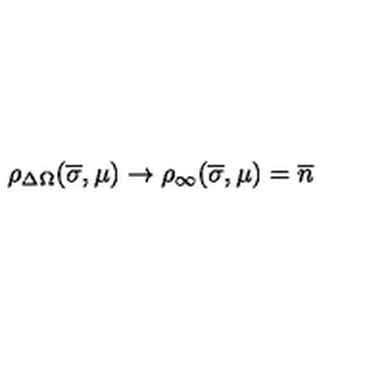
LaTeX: \rho _ { \Delta \Omega } ( \overline { \sigma } , \mu ) \to \rho _ { \infty } ( \overline { \sigma } , \mu ) = \overline { n }